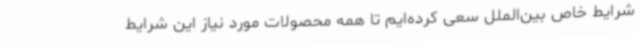
شرایط خاص بین‌الملل سعی کرده‌ایم تا همه محصولات مورد نیاز این شرایط